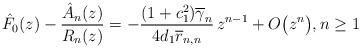
LaTeX: \begin{align*} \hat{F}_{0}(z) - \frac{\hat{A}_{n}(z)}{R_{n}(z)} = -\frac{(1+c_1^2)\overline{\gamma}_{n}}{4d_1\overline{r}_{n,n}}\, z^{n-1} + O\big(z^{n}\big), n \geq 1 \end{align*}